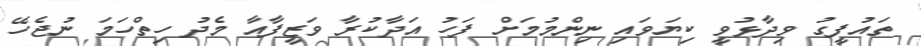
ތައުފީގު ވިދާޅުވީ ކިޔަވައި ނިންމުމަށް ފަހު އަދާކުރާ ވަޒީފާއާ މެދު ހިތްހަމަ ނުޖެހޭ